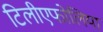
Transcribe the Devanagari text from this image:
टिलीएफोलिया